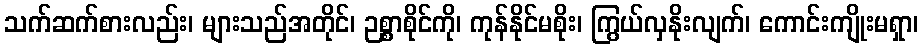
သက်ဆက်စားလည်း၊ များသည်အတိုင်၊ ဉစ္စာစိုင်ကို၊ ကုန်နိုင်မစိုး၊ ကြွယ်လှနိုးလျက်၊ ကောင်းကျိုးမရှာ၊